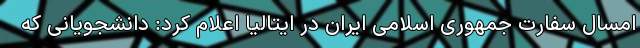
امسال سفارت جمهوری اسلامی ایران در ایتالیا اعلام کرد: دانشجویانی که